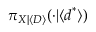
\pi _ { \boldsymbol { X } | \langle \boldsymbol { D } \rangle } ( \cdot | \langle \boldsymbol { d } ^ { * } \rangle )